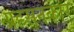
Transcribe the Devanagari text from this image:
प्रहसनकार